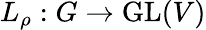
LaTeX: L_{\rho}:G\to{\mathrm{GL}}(V)